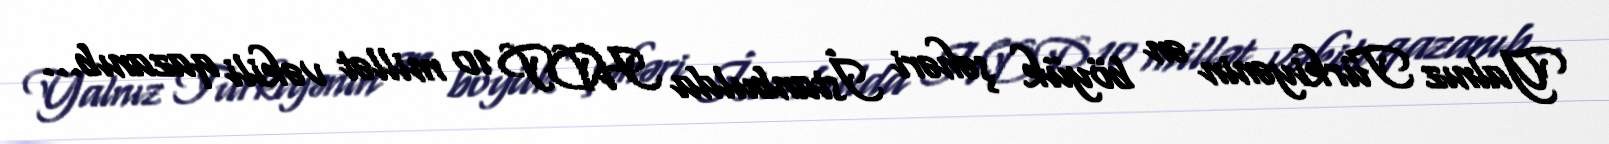
Yalnız Türkiyənin ən böyük şəhəri İstanbulda HDP 10 millət vəkili qazanıb...